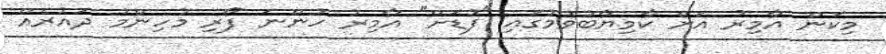
މިކަން އާމިރު އަށް ކާމިޔާބުވުމުގައި "ފުޑަށް" އާމިރު ހުންނަ ފޯރި މުހިންމު ދައުރެއް